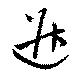
迸